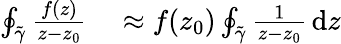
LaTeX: \begin{array}{rl}{\oint_{\tilde{\gamma}}\frac{f(z)}{z-z_{0}}}&{{}\approx f(z_{0})\oint_{\tilde{\gamma}}\frac{1}{z-z_{0}}\, \mathrm{d}z}\end{array}